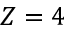
Z = 4